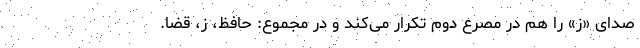
صدای «ز» را هم در مصرع دوم تکرار می‌کند و در مجموع: حافظ، زِ، قضا.